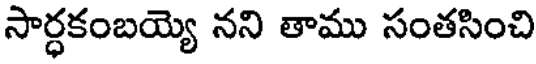
సార్ధకంబయ్యె నని తాము సంతసించి